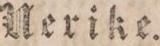
Uerike.